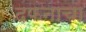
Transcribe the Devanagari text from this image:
दफनाचा